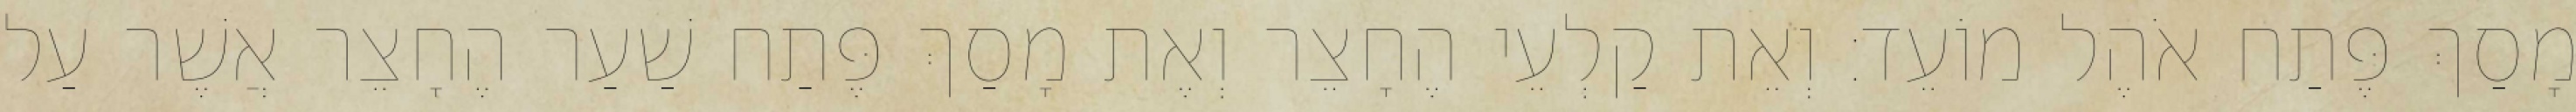
מָסַךְ פֶּתַח אֹהֶל מוֹעֵד׃ וְאֵת קַלְעֵי הֶחָצֵר וְאֶת מָסַךְ פֶּתַח שַׁעַר הֶחָצֵר אֲשֶׁר עַל